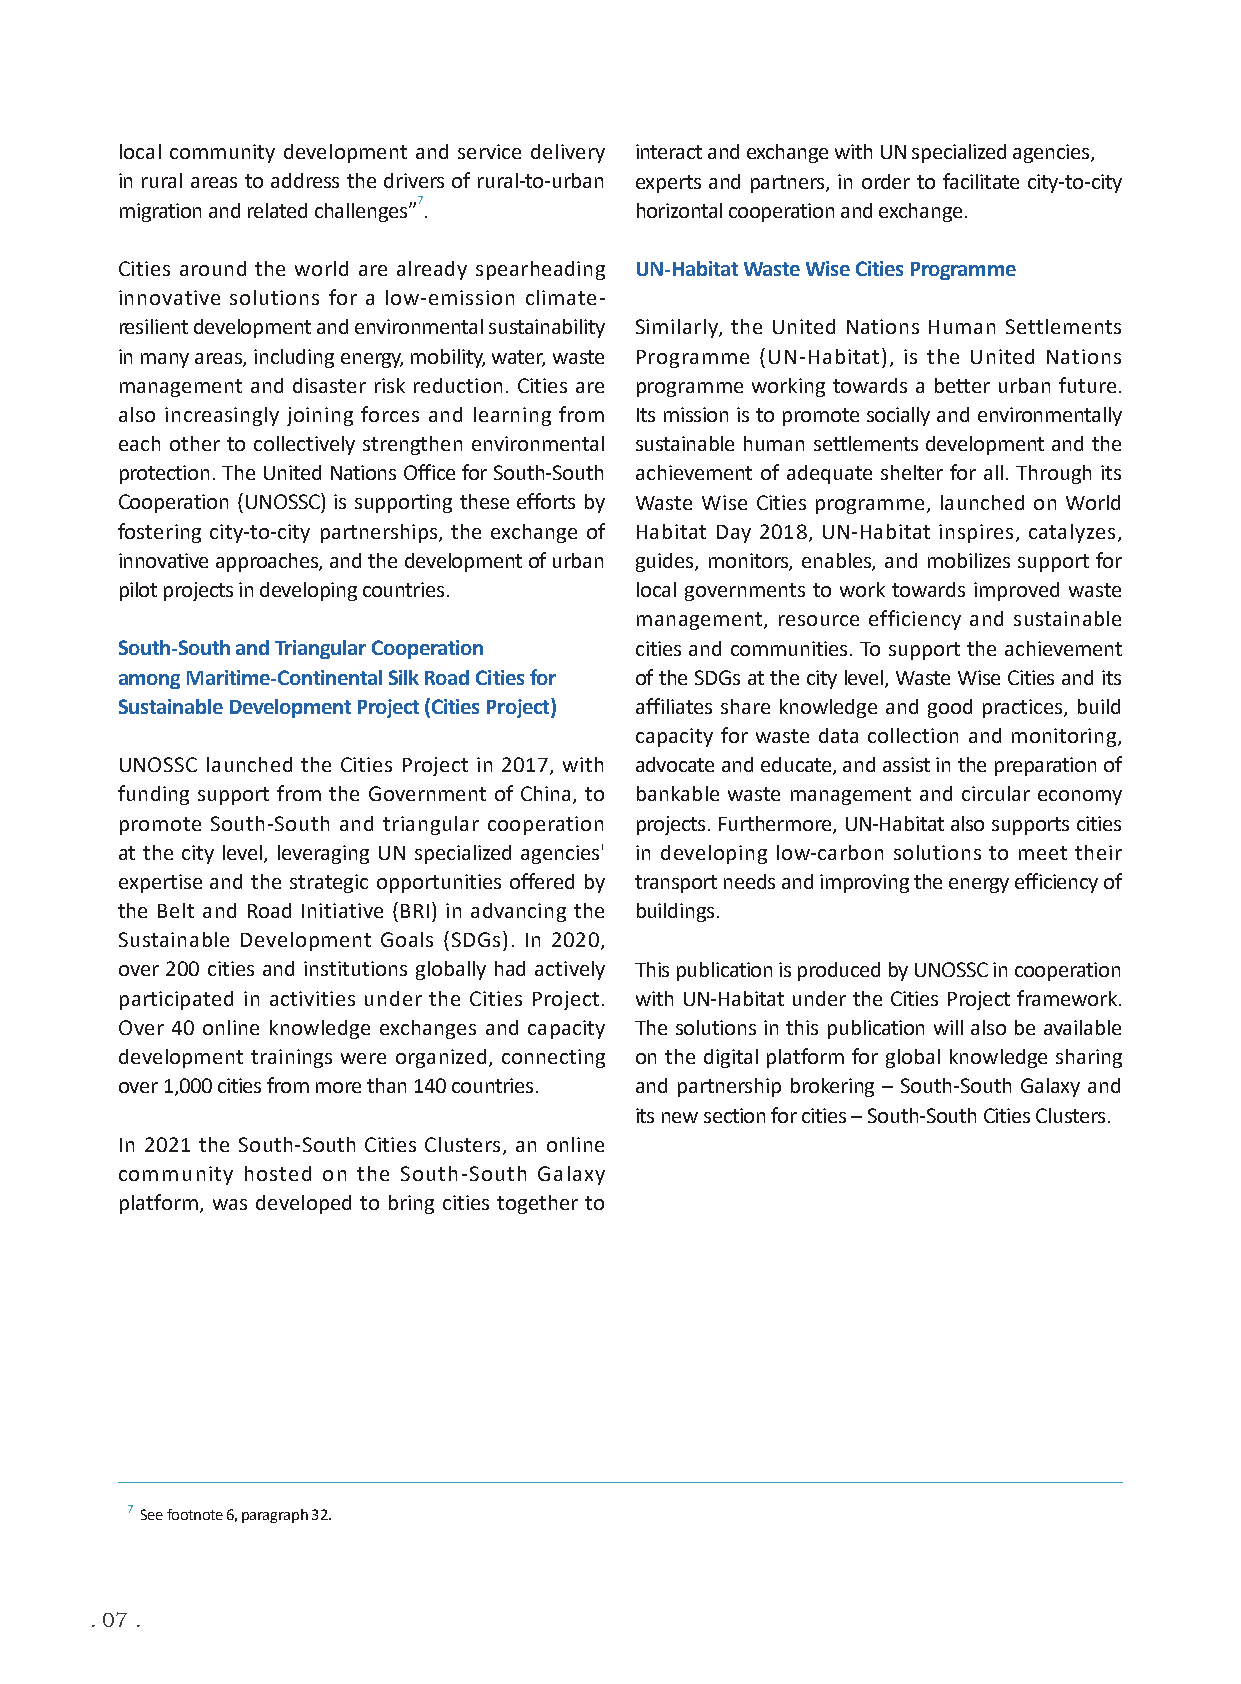
local community development and service delivery interact and exchange with UN specialized agencies,
 in rural areas to address the drivers of rural-to-urban experts and partners, in order to facilitate city-to-city
 7
 migration and related challenges”. horizontal cooperation and exchange.
 Cities around the world are already spearheading UN-Habitat Waste Wise Cities Programme
 innovative solutions for a low-emission climate-
 resilient development and environmental sustainability Similarly, the United Nations Human Settlements
 in many areas, including energy, mobility, water, waste Programme (UN-Habitat), is the United Nations
 management and disaster risk reduction. Cities are programme working towards a better urban future.
 also increasingly joining forces and learning from Its mission is to promote socially and environmentally
 each other to collectively strengthen environmental sustainable human settlements development and the
 protection. The United Nations Office for South-South achievement of adequate shelter for all. Through its
 Cooperation (UNOSSC) is supporting these efforts by Waste Wise Cities programme, launched on World
 fostering city-to-city partnerships, the exchange of Habitat Day 2018, UN-Habitat inspires, catalyzes,
 innovative approaches, and the development of urban guides, monitors, enables, and mobilizes support for
 pilot projects in developing countries. local governments to work towards improved waste
 management, resource efficiency and sustainable
 South-South and Triangular Cooperation cities and communities. To support the achievement
 among Maritime-Continental Silk Road Cities for of the SDGs at the city level, Waste Wise Cities and its
 Sustainable Development Project (Cities Project) affiliates share knowledge and good practices, build
 capacity for waste data collection and monitoring,
 UNOSSC launched the Cities Project in 2017, with advocate and educate, and assist in the preparation of
 funding support from the Government of China, to bankable waste management and circular economy
 promote South-South and triangular cooperation projects. Furthermore, UN-Habitat also supports cities
 at the city level, leveraging UN specialized agencies' in developing low-carbon solutions to meet their
 expertise and the strategic opportunities offered by transport needs and improving the energy efficiency of
 the Belt and Road Initiative (BRI) in advancing the buildings.
 Sustainable Development Goals (SDGs). In 2020,
 over 200 cities and institutions globally had actively This publication is produced by UNOSSC in cooperation
 participated in activities under the Cities Project. with UN-Habitat under the Cities Project framework.
 Over 40 online knowledge exchanges and capacity The solutions in this publication will also be available
 development trainings were organized, connecting on the digital platform for global knowledge sharing
 over 1,000 cities from more than 140 countries. and partnership brokering – South-South Galaxy and
 its new section for cities – South-South Cities Clusters.
 In 2021 the South-South Cities Clusters, an online
 community hosted on the South-South Galaxy
 platform, was developed to bring cities together to
 7 See footnote 6, paragraph 32.
 . 07 .